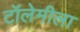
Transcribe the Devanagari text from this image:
टॉलेमीला